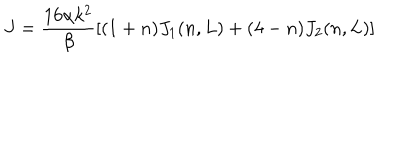
J = \frac { 1 6 \alpha k ^ { 2 } } { \beta } \left[ ( 1 + n ) J _ { 1 } ( n , L ) + ( 4 - n ) J _ { 2 } ( n , L ) \right]